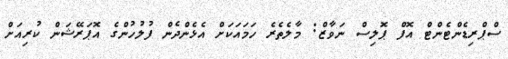
ސްޕްރިޑެންޓެންޓް އޮފް ޕޮލިސް ނަވާޒް: މާލެތެރެ ހަމައަކަށް އެޅެންދެން ފުލުހުންގެ އޮޕަރޭޝަން ކުރިއަށް